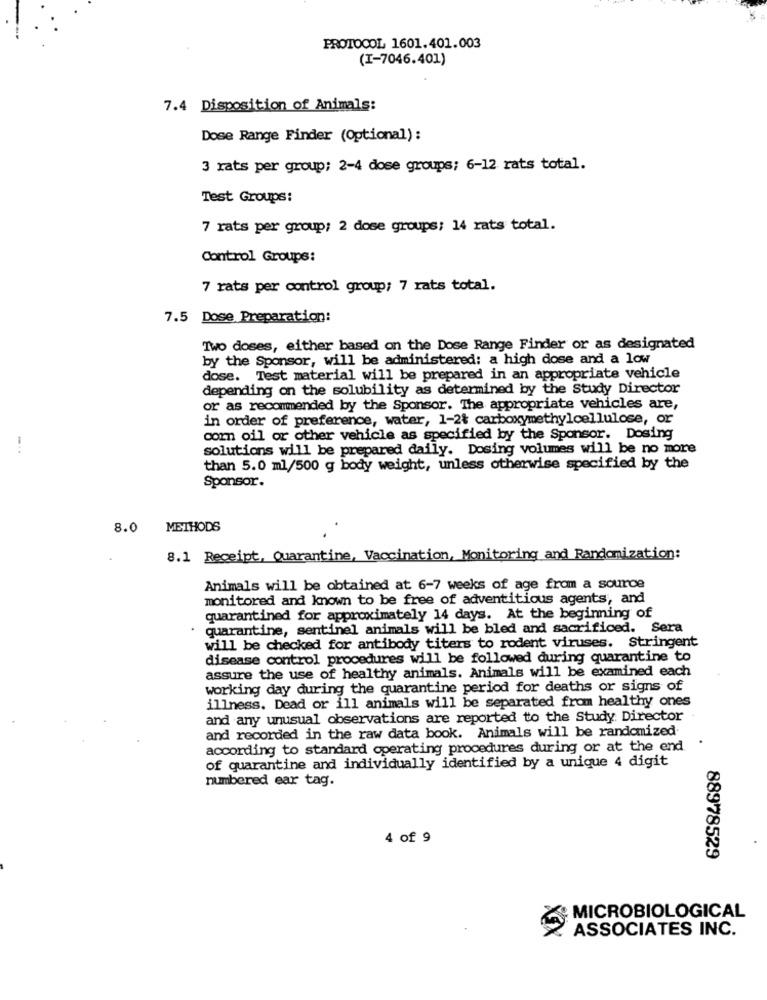
PROTOCOL 1601.401.003
(I-7046.401)
7.4 Disposition of Animals:
Dose Range Finder (Optional):
3 rats per group; 2-4 dose groups; 6-12 rats total.
Test Groups:
7 rats per group; 2 dose groups; 14 rats total.
Control Groups:
7 rats per control group; 7 rats total.
7.5 Dose Preparation:
Two doses, either based on the Dose Range Finder or as designated
by the Sponsor, will be administered: a high dose and a low
dose. Test material will be prepared in an appropriate vehicle
depending on the solubility as determined by the Study Director
or as recommended by the Sponsor. The appropriate vehicles are,
in order of preference, water, 1-2% carboxymethylcellulose, or
com oil or other vehicle as specified by the Sponsor. Dosing
solutions will be prepared daily. Dosing volumes will be no more
than 5.0 ml/500 g body weight, unless otherwise specified by the
Sponsor.
8.0
METHODS
8.1 Receipt, Quarantine, Vaccination, Monitoring and Randomization:
Animals will be obtained at 6-7 weeks of age from a source
monitored and known to be free of adventitious agents, and
quarantined for approximately 14 days. At the beginning of
quarantine, sentinel animals will be bled and sacrificed. Sera
will be checked for antibody titers to rodent viruses. Stringent
disease control procedures will be followed during quarantine to
assure the use of healthy animals. Animals will be examined each
working day during the quarantine period for deaths or signs of
illness. Dead or ill animals will be separated from healthy ones
and any unusual observations are reported to the Study Director
and recorded in the raw data book. Animals will be randomized
.
according to standard operating procedures during or at the end
of quarantine and individually identified by a unique 4 digit
numbered ear tag.
4 of 9
88978529
MICROBIOLOGICAL
ASSOCIATES INC.